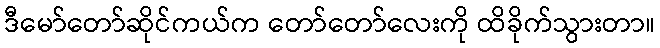
ဒီမော်တော်ဆိုင်ကယ်က တော်တော်လေးကို ထိခိုက်သွားတာ။